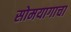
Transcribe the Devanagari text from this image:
सोमयागाचा